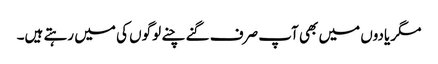
مگر یادوں میں بھی آپ صرف گنے چنے لوگوں کی میں رہتے ہیں۔